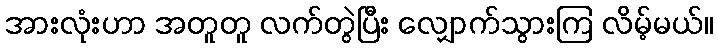
အားလုံးဟာ အတူတူ လက်တွဲပြီး လျှောက်သွားကြ လိမ့်မယ်။